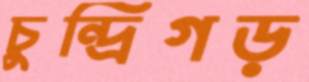
চুন্দ্রিগড়